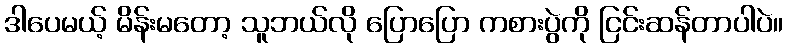
ဒါပေမယ့် မိန်းမတော့ သူဘယ်လို ပြောပြော ကစားပွဲကို ငြင်းဆန်တာပါပဲ။